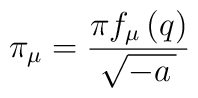
\pi _\mu =\frac{\pi f_\mu \left( q\right) }{\sqrt{-a\,}}